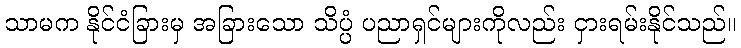
သာမက နိုင်ငံခြားမှ အခြားသော သိပ္ပံ ပညာရှင်များကိုလည်း ငှားရမ်းနိုင်သည်။